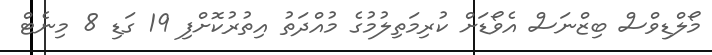
މޯލްޑިވްސް ބިޒްނަސް އެވޯޑަށް ކުރިމަތިލުމުގެ މުއްދަތު އިތުރުކޮށްފި 19 ގަޑި 8 މިނެޓް